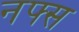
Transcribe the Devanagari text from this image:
नफ्स